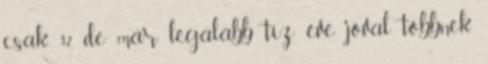
csak 37, de már legalább tíz éve jóval többnek